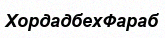
ХордадбехФараб